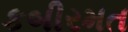
કબીરમત